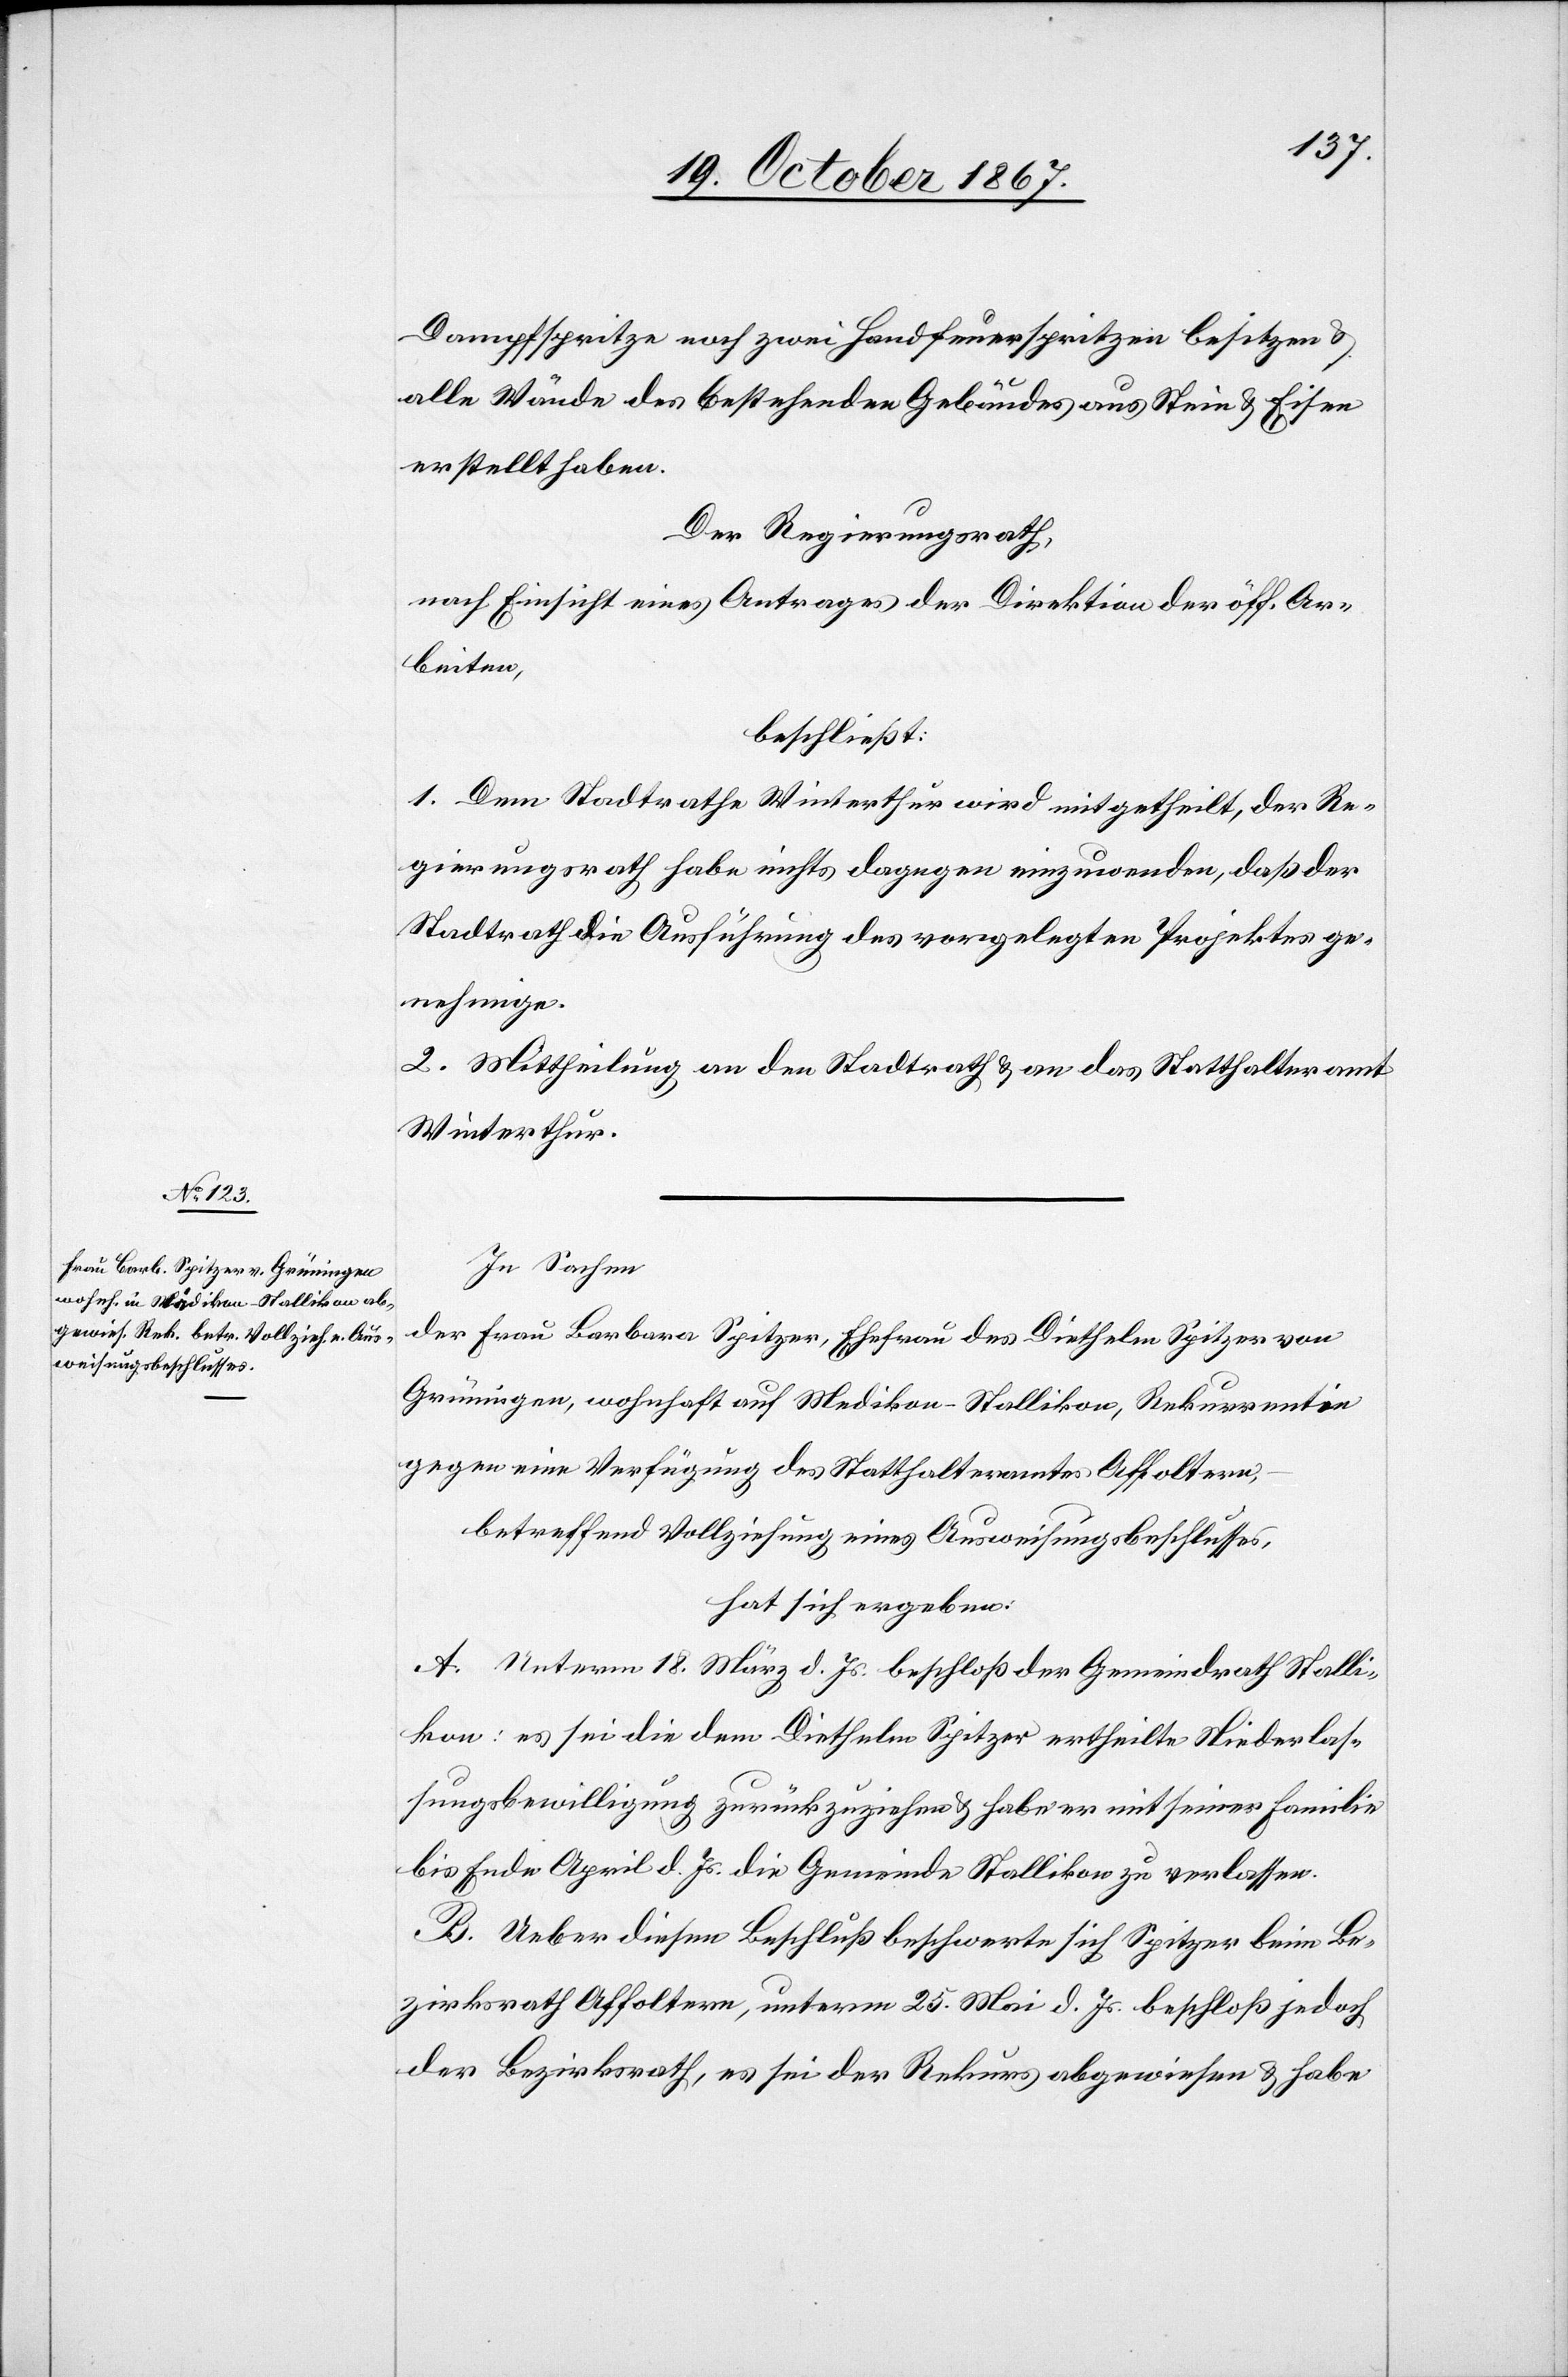
Dampfspritze noch zwei Handfeuerspritzen besitzen u.
alle Wände des bestehenden Gebäudes aus Stein u. Eisen
erstellt haben.
Der Regierungsrath,
nach Einsicht eines Antrages der Direktion der öff. Ar¬
beiten,
beschließt:
1. Dem Stadtrathe Winterthur wird mitgetheilt, der Re¬
gierungsrath habe nichts dagegen einzuwenden, daß der
Stadtrath die Ausführung des vorgelegten Projektes ge¬
nehmige.
2. Mittheilung an den Stadtrath u. an das Statthalteramt
Winterthur.
In Sachen
der Frau Barbara Spitzer, Ehefrau des Diethelm Spitzer von
Grüningen, wohnhaft auf Medikon - Stallikon, Rekurrentin
gegen eine Verfügung des Statthalteramtes Affoltern,
betreffend Vollziehung eines Ausweisungsbeschlusses,
hat sich ergeben:
A. Unterm 18. März d. Js. beschloß der Gemeindrath Stalli¬
kon: es sei die dem Diethelm Spitzer ertheilte Niederlas¬
sungsbewilligung zurückzuziehen u. habe er mit seiner Familie
bis Ende April d. Js. die Gemeinde Stallikon zu verlassen.
B. Ueber diesen Beschluß beschwerte sich Spitzer beim Be¬
zirksrath Affoltern, unterm 25. Mai d. Js. beschloß jedoch
der Bezirksrath, es sei der Rekurs abgewiesen u. habe